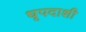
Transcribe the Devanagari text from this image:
धृपदाशी